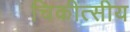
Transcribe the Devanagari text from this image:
चिकीत्सीय